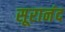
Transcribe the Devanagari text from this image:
सूरानंद